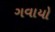
ગવાયો